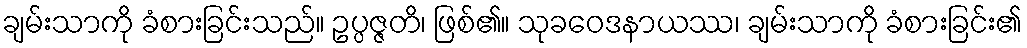
ချမ်းသာကို ခံစားခြင်းသည်။ ဥပ္ပဇ္ဇတိ၊ ဖြစ်၏။ သုခဝေဒနာယဿ၊ ချမ်းသာကို ခံစားခြင်း၏